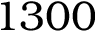
1 3 0 0